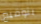
بتوقيع